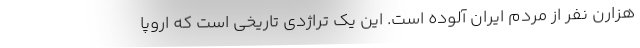
هزارن نفر از مردم ایران آلوده است. این یک تراژدی تاریخی است که اروپا